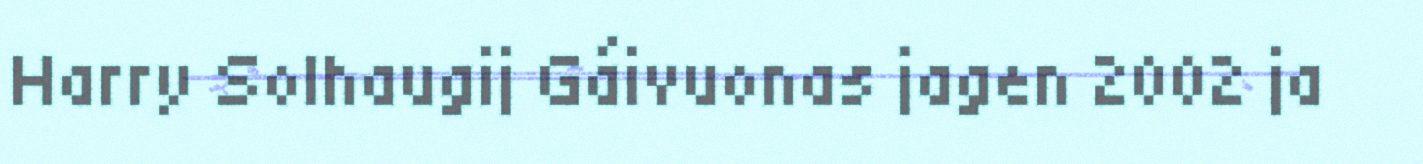
Harry Solhaugij Gáivuonas jagen 2002 ja